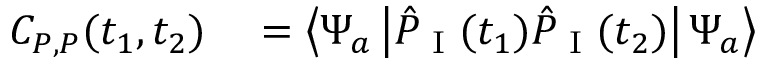
\begin{array} { r l } { C _ { P , P } ( t _ { 1 } , t _ { 2 } ) } & { { } = \left\langle \Psi _ { a } \left| \hat { P } _ { \textrm { I } } ( t _ { 1 } ) \hat { P } _ { \textrm { I } } ( t _ { 2 } ) \right| \Psi _ { a } \right\rangle } \end{array}